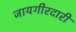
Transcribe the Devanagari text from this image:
जायगीरदारी